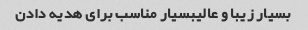
بسیار زیبا و عالیبسیار مناسب برای هدیه دادن